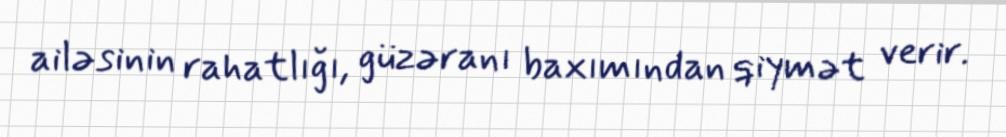
ailəsinin rahatlığı, güzəranı baxımından qiymət verir.